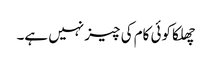
چھلکا کوئی کام کی چیز نہیں ہے۔